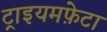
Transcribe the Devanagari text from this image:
ट्राइयमफ़ेटा